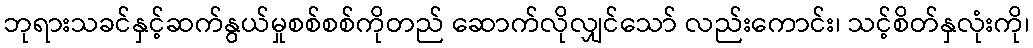
ဘုရားသခင်နှင့်ဆက်နွယ်မှုစစ်စစ်ကိုတည် ဆောက်လိုလျှင်သော် လည်းကောင်း၊ သင့်စိတ်နှလုံးကို၊